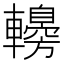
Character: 䡻